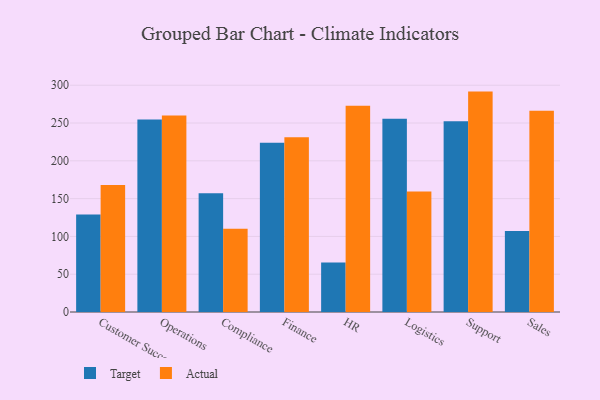
{"axis": {"x": "Department", "y": "Backlog"}, "legend": ["Actual", "Target"], "data": [{"x": "Customer Success", "y": 129.0, "type": "Target"}, {"x": "Customer Success", "y": 168.0, "type": "Actual"}, {"x": "Operations", "y": 254.8, "type": "Target"}, {"x": "Operations", "y": 259.9, "type": "Actual"}, {"x": "Compliance", "y": 157.0, "type": "Target"}, {"x": "Compliance", "y": 110.2, "type": "Actual"}, {"x": "Finance", "y": 223.9, "type": "Target"}, {"x": "Finance", "y": 231.1, "type": "Actual"}, {"x": "HR", "y": 65.6, "type": "Target"}, {"x": "HR", "y": 273.0, "type": "Actual"}, {"x": "Logistics", "y": 255.8, "type": "Target"}, {"x": "Logistics", "y": 159.5, "type": "Actual"}, {"x": "Support", "y": 252.5, "type": "Target"}, {"x": "Support", "y": 291.6, "type": "Actual"}, {"x": "Sales", "y": 107.3, "type": "Target"}, {"x": "Sales", "y": 266.2, "type": "Actual"}]}